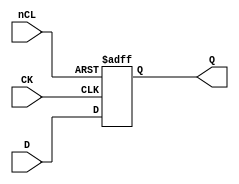
// NeoGeo logic definition
// Copyright (C) 2018 Sean Gonsalves
//
// This program is free software: you can redistribute it and/or modify
// it under the terms of the GNU General Public License as published by
// the Free Software Foundation, either version 3 of the License, or
// (at your option) any later version.
//
// This program is distributed in the hope that it will be useful,
// but WITHOUT ANY WARRANTY; without even the implied warranty of
// MERCHANTABILITY or FITNESS FOR A PARTICULAR PURPOSE.  See the
// GNU General Public License for more details.
//
// You should have received a copy of the GNU General Public License
// along with this program.  If not, see <https://www.gnu.org/licenses/>.

module FDRCell(
	input CK,
	input [3:0] D,
	input nCL,
	output reg [3:0] Q = 4'd0
);

	always @(posedge CK, negedge nCL)
	begin
		if (!nCL)
			Q <= #1 4'd0;
		else
			Q <= #1 D;
	end

endmodule